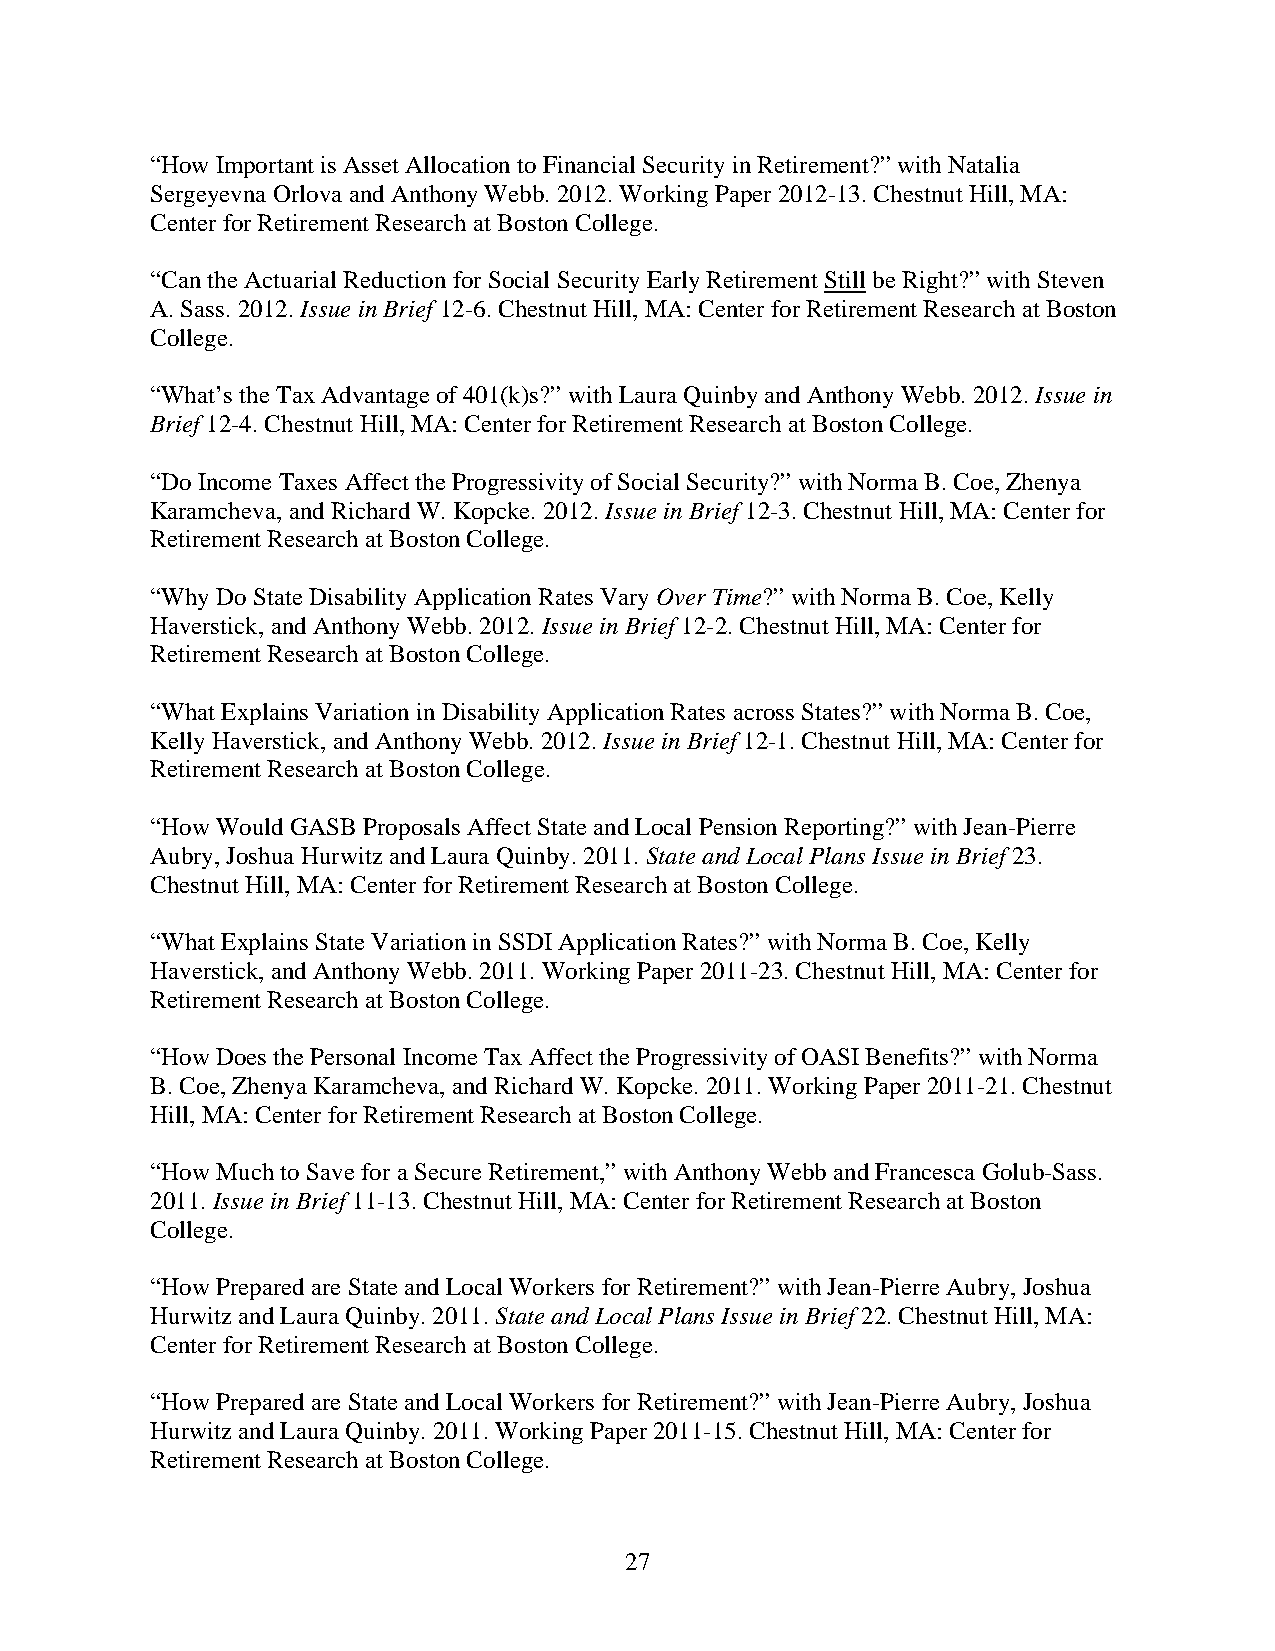
“How Important is Asset Allocation to Financial Security in Retirement?” with Natalia
 Sergeyevna Orlova and Anthony Webb. 2012. Working Paper 2012-13. Chestnut Hill, MA:
 Center for Retirement Research at Boston College.
 “Can the Actuarial Reduction for Social Security Early Retirement Still be Right?” with Steven
 A. Sass. 2012. Issue in Brief 12-6. Chestnut Hill, MA: Center for Retirement Research at Boston
 College.
 “What’s the Tax Advantage of 401(k)s?” with Laura Quinby and Anthony Webb. 2012. Issue in
 Brief 12-4. Chestnut Hill, MA: Center for Retirement Research at Boston College.
 “Do Income Taxes Affect the Progressivity of Social Security?” with Norma B. Coe, Zhenya
 Karamcheva, and Richard W. Kopcke. 2012. Issue in Brief 12-3. Chestnut Hill, MA: Center for
 Retirement Research at Boston College.
 “Why Do State Disability Application Rates Vary Over Time?” with Norma B. Coe, Kelly
 Haverstick, and Anthony Webb. 2012. Issue in Brief 12-2. Chestnut Hill, MA: Center for
 Retirement Research at Boston College.
 “What Explains Variation in Disability Application Rates across States?” with Norma B. Coe,
 Kelly Haverstick, and Anthony Webb. 2012. Issue in Brief 12-1. Chestnut Hill, MA: Center for
 Retirement Research at Boston College.
 “How Would GASB Proposals Affect State and Local Pension Reporting?” with Jean-Pierre
 Aubry, Joshua Hurwitz and Laura Quinby. 2011. State and Local Plans Issue in Brief 23.
 Chestnut Hill, MA: Center for Retirement Research at Boston College.
 “What Explains State Variation in SSDI Application Rates?” with Norma B. Coe, Kelly
 Haverstick, and Anthony Webb. 2011. Working Paper 2011-23. Chestnut Hill, MA: Center for
 Retirement Research at Boston College.
 “How Does the Personal Income Tax Affect the Progressivity of OASI Benefits?” with Norma
 B. Coe, Zhenya Karamcheva, and Richard W. Kopcke. 2011. Working Paper 2011-21. Chestnut
 Hill, MA: Center for Retirement Research at Boston College.
 “How Much to Save for a Secure Retirement,” with Anthony Webb and Francesca Golub-Sass.
 2011. Issue in Brief 11-13. Chestnut Hill, MA: Center for Retirement Research at Boston
 College.
 “How Prepared are State and Local Workers for Retirement?” with Jean-Pierre Aubry, Joshua
 Hurwitz and Laura Quinby. 2011. State and Local Plans Issue in Brief 22. Chestnut Hill, MA:
 Center for Retirement Research at Boston College.
 “How Prepared are State and Local Workers for Retirement?” with Jean-Pierre Aubry, Joshua
 Hurwitz and Laura Quinby. 2011. Working Paper 2011-15. Chestnut Hill, MA: Center for
 Retirement Research at Boston College.
 27